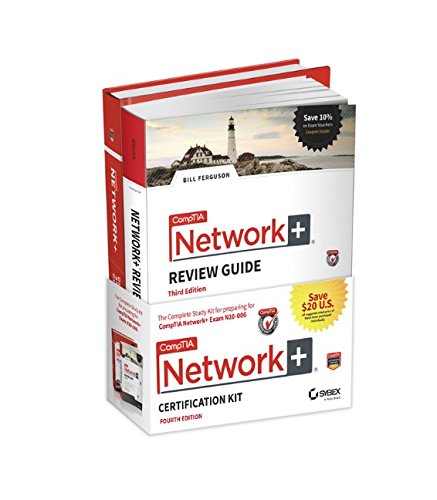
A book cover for CompTIA Network+ Certification Kit: Exam N10-006; Todd Lammle; Engineering & Transportation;